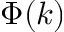
\Phi ( k )